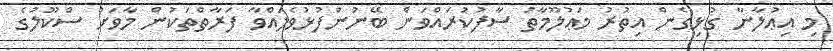
މި އިޢުލާނާ ގުޅިގެން އިތުރު މަޢުލޫމާތު ސާފުކުރައްވަން ބޭނުންފުޅުވެލައްވާ ފަރާތްތަކުން މާވަށު ސްކޫލުގެ